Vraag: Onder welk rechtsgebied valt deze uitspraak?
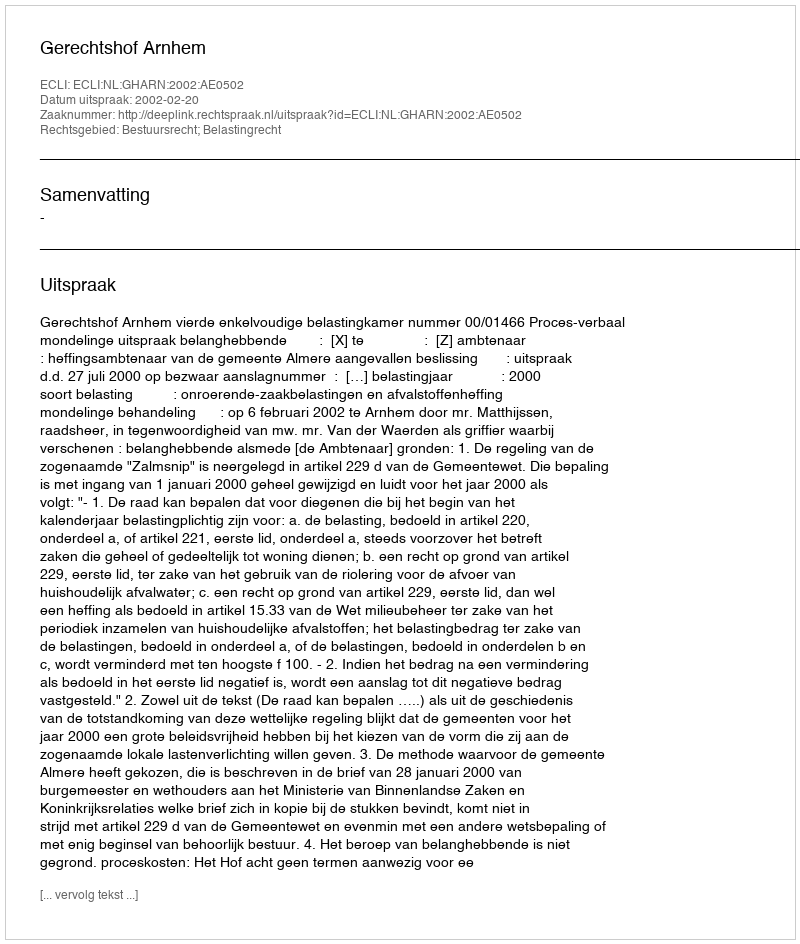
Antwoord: Bestuursrecht; Belastingrecht